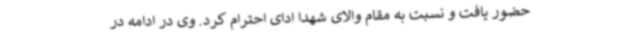
حضور یافت و نسبت به مقام والای شهدا ادای احترام کرد. وی در ادامه در